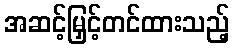
အဆင့်မြှင့်တင်ထားသည့်